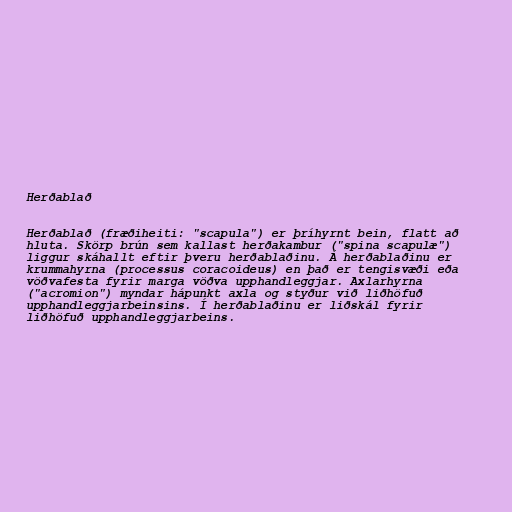
Herðablað

Herðablað (fræðiheiti: "scapula") er þríhyrnt bein, flatt að
hluta. Skörp brún sem kallast herðakambur ("spina scapulæ")
liggur skáhallt eftir þveru herðablaðinu. Á herðablaðinu er
krummahyrna (processus coracoideus) en það er tengisvæði eða
vöðvafesta fyrir marga vöðva upphandleggjar. Axlarhyrna
("acromion") myndar hápunkt axla og styður við liðhöfuð
upphandleggjarbeinsins. Í herðablaðinu er liðskál fyrir
liðhöfuð upphandleggjarbeins.